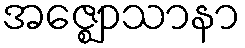
အဇ္ဈောသာနာ